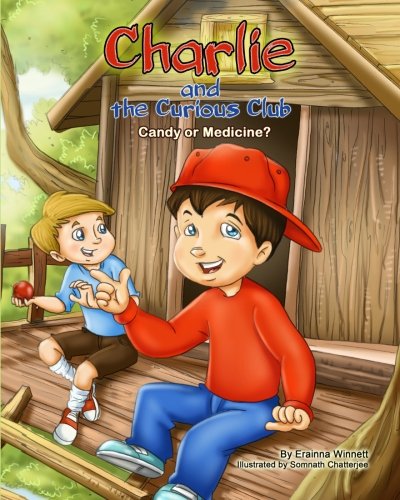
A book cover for Charlie and the Curious Club: Candy or Medicine?; Erainna Winnett; Children's Books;